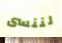
لننسى